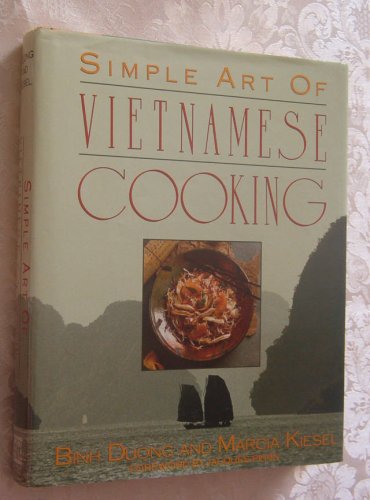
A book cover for Simple Art of Vietnamese Cooking; Binh Duong; Cookbooks, Food & Wine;